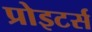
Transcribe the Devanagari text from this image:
प्रोइटर्स